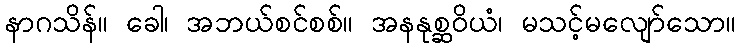
နာဂသိန်။ ခေါ၊ အဘယ်စင်စစ်။ အနနုစ္ဆဝိယံ၊ မသင့်မလျော်သော။